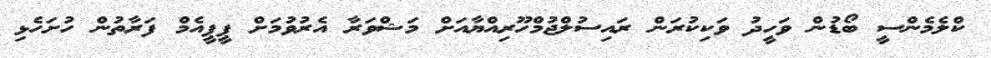
ކްލެމެންސީ ބޯޑުން ވަހީދު ވަކިކުރަން ރައިސުލްޖުމްހޫރިއްޔާއަށް މަޝްވަރާ އެރުވުމަށް ޕީޕީއެމް ފަރާތުން ހުށަހެޅި